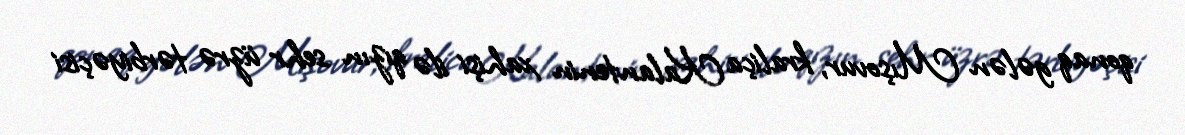
qonaq gələn Mışovur, kraliça Kalantenin xahişi ilə qızın sehr üzrə tərbiyəçisi